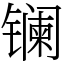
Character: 镧